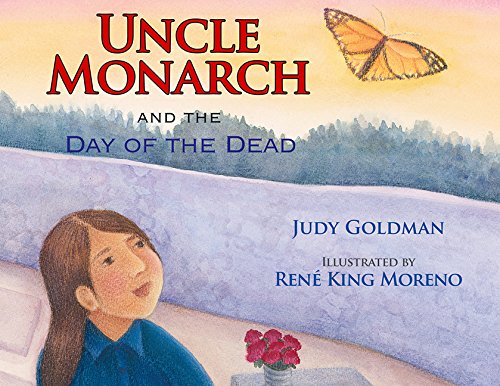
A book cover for Uncle Monarch and the Day of the Dead; Judy Goldman; Children's Books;